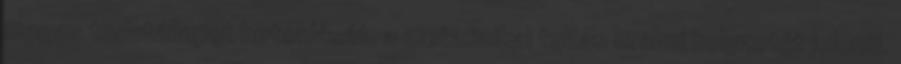
magas tudatállapot birtoklását, a metafizikai tudás uralmi helyzetét jelenti.